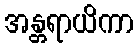
အန္တရာယိကာ